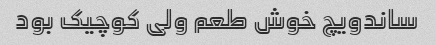
ساندویچ خوش طعم ولی کوچیک بود